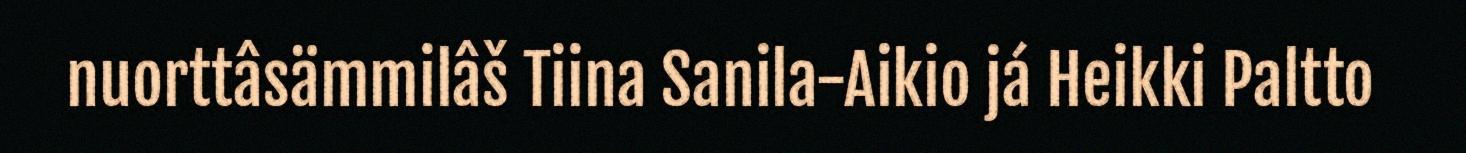
nuorttâsämmilâš Tiina Sanila-Aikio já Heikki Paltto